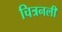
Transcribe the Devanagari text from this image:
चित्रनली